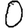
Digit: 0